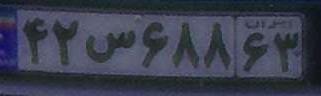
۴۲س۶۸۸۶۳